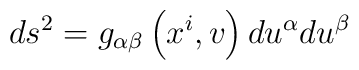
ds^{2}=g_{\alpha \beta }\left( x^{i},v\right) du^{\alpha }du^{\beta }